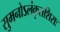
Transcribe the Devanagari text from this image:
सुमनोऽलंकृतशिराः